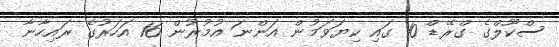
ސްކޫލްގެ ގްރޭޑް 10 ގައި ކިޔަވަމުން އަންނަ އުމުރުން 16 އަހަރުގެ ރައިހާނާ